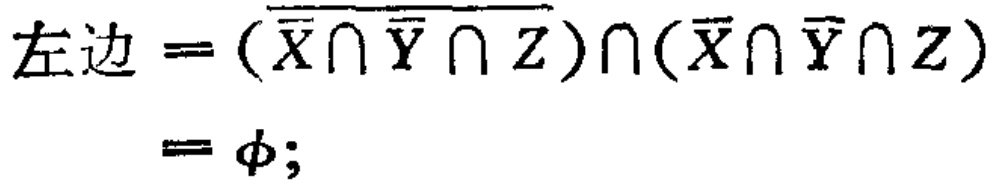
左边 = \((\overline{\overline{X} \cap \overline{Y} \cap Z}) \cap (\overline{X} \cap \overline{Y} \cap Z)\)

= \(\phi\);